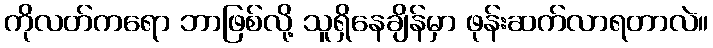
ကိုလတ်ကရော ဘာဖြစ်လို့ သူရှိနေချိန်မှာ ဖုန်းဆက်လာရတာလဲ။